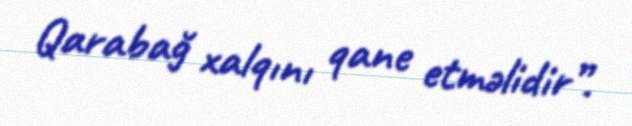
Qarabağ xalqını qane etməlidir”.